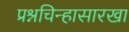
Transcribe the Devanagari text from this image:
प्रश्नचिन्हासारखा